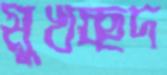
মুখচ্ছদ